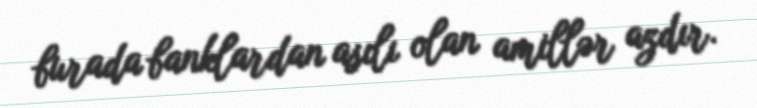
burada banklardan asılı olan amillər azdır.